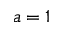
a = 1